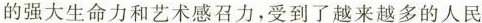
的强大生命力和艺术感召力，受到了越来越多的人民